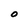
Character: O